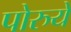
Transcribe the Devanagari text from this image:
पोरुये